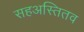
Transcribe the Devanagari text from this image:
सहअस्तितव